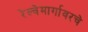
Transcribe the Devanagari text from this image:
रेल्वेमार्गावरचे